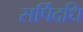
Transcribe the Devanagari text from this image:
सर्पिदधि